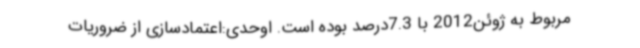
مربوط به ژوئن2012 با 7.3درصد بوده است. اوحدی:اعتمادسازی از ضروریات